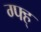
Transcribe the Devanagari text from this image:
ग्फ्ह्